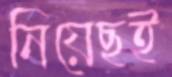
নিয়েছই